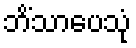
ဘိံသာပေသုံ